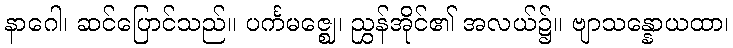
နာဂေါ၊ ဆင်ပြောင်သည်။ ပင်္ကမဇ္ဈေ၊ ညွှန်အိုင်၏ အလယ်၌။ ဗျာသန္နောယထာ၊